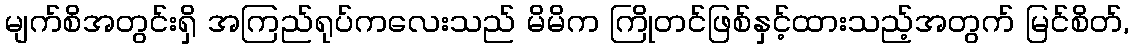
မျက်စိအတွင်းရှိ အကြည်ရုပ်ကလေးသည် မိမိက ကြိုတင်ဖြစ်နှင့်ထားသည့်အတွက် မြင်စိတ်,